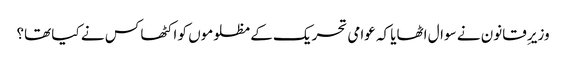
وزیرِ قانون نے سوال اٹھایا کہ عوامی تحریک کے مظلوموں کو اکٹھا کس نے کیا تھا؟